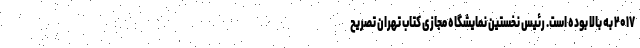
۲۰۱۷ به بالا بوده است. رئیس نخستین نمایشگاه مجازی کتاب تهران تصریح